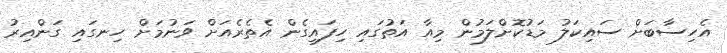
އެހިސާބަށް ސައިކަލު މަޑުކޮށްލަމުން މިއާ އަތުގައި ހިފައިގެން އެތެރެއަށް ވަނުމަށް ހިނގައި ގަންއިރު